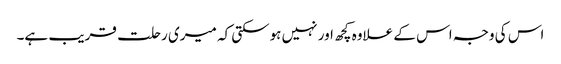
اس کی وجہ اس کے علاوہ کچھ اور نہیں ہوسکتی کہ میری رحلت قریب ہے۔